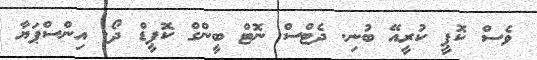
ވެސް ކޮޕީ ކުރީއޭ ބުނި. ދެޓްސް ނޮޓް ބީންގް ކޮޕީޑް ދޯ. އިންސްޕަޔާ